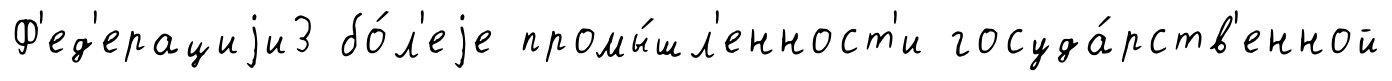
Ф'ед'ерациjи3 бо́л'еjе промы́шл'енност'и госуда́рств'енной